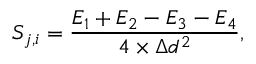
S _ { j , i } = \frac { E _ { 1 } + E _ { 2 } - E _ { 3 } - E _ { 4 } } { 4 \times \Delta d ^ { 2 } } ,